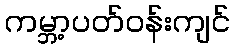
ကမ္ဘာ့ပတ်ဝန်းကျင်